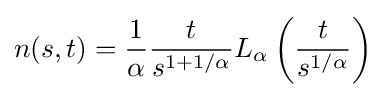
n(s,t)={\frac {1}{\alpha }}{\frac {t}{s^{1+1/\alpha }}}L_{\alpha }\left({\frac {t}{s^{1/\alpha }}}\right)